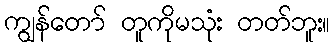
ကျွန်တော် တူကိုမသုံး တတ်ဘူး။